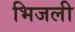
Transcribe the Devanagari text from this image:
भिजली